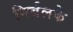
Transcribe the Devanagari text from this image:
निर्बलके